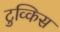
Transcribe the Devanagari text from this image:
टुव्किस